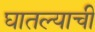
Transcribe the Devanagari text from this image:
घातल्याची